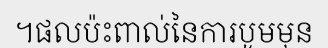
។ផលប៉ះពាល់នៃការបូមមុន